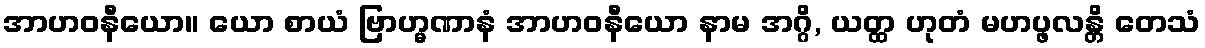
အာဟဝနီယော။ ယော စာယံ ဗြာဟ္မဏာနံ အာဟဝနီယော နာမ အဂ္ဂိ, ယတ္ထ ဟုတံ မဟပ္ဖလန္တိ တေသံ